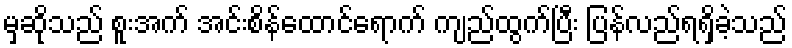
မှဆိုသည် စူးအက် အင်းစိန်ထောင်ရောက် ကျည်ထွက်ပြီး ပြန်လည်ရရှိခဲ့သည်